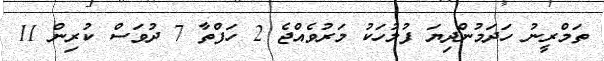
ތަމްރީނު ހަދަމުންދިޔަ ފުލުހަކު މަރުވެއްޖެ 2 ހަފްތާ 7 ދުވަސް ކުރިން 11